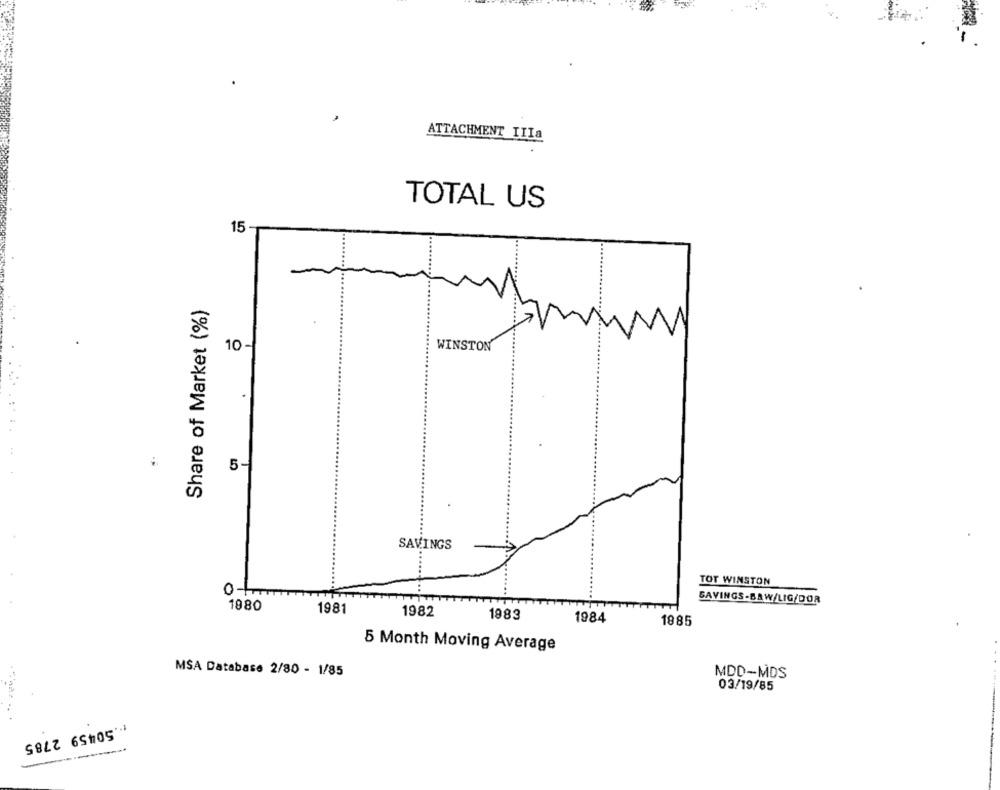
ATTACHMENT IIIa
TOTAL US
15 -
Share of Market (%)
10 -
WINSTON
.
5 -
SAVINGS
............
TOT WINSTON
SAVINGS-BAW/LIG/DOR
1980
1981
1982
1983
1984
1885
5 Month Moving Average
MSA Database 2/80 - 1/85
MDD-MDS
03/19/85
... 50459 2785